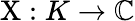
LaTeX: \mathrm{X}:K\rightarrow\mathbb{C}